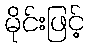
မိုင်းဖြင့်